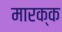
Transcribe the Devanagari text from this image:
मारक्क